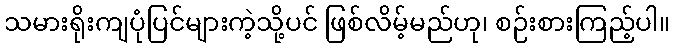
သမားရိုးကျပုံပြင်များကဲ့သို့ပင် ဖြစ်လိမ့်မည်ဟု၊ စဉ်းစားကြည့်ပါ။